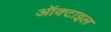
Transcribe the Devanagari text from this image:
ऑक्टाइल